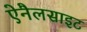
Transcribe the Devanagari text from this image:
ऐनैलसाइट